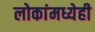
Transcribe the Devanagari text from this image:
लोकांमध्येही